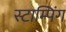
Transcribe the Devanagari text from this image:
स्टाम्पिंग